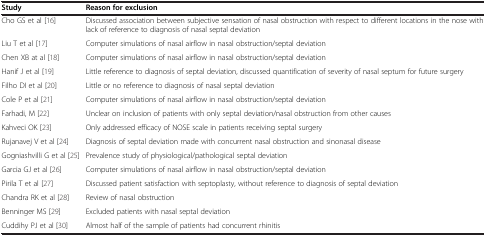
<table><thead><tr><td><b>Study</b></td><td><b>Reason for exclusion</b></td></tr></thead><tbody><tr><td>Cho GS et al [16]</td><td>Discussed association between subjective sensation of nasal obstruction with respect to different locations in the nose with lack of reference to diagnosis of nasal septal deviation</td></tr><tr><td>Liu T et al [17]</td><td>Computer simulations of nasal airflow in nasal obstruction/septal deviation</td></tr><tr><td>Chen XB at al [18]</td><td>Computer simulations of nasal airflow in nasal obstruction/septal deviation</td></tr><tr><td>Hanif J et al [19]</td><td>Little reference to diagnosis of septal deviation, discussed quantification of severity of nasal septum for future surgery</td></tr><tr><td>Filho DI et al [20]</td><td>Little or no reference to diagnosis of nasal septal deviation</td></tr><tr><td>Cole P et al [21]</td><td>Computer simulations of nasal airflow in nasal obstruction/septal deviation</td></tr><tr><td>Farhadi, M [22]</td><td>Unclear on inclusion of patients with only septal deviation/nasal obstruction from other causes</td></tr><tr><td>Kahveci OK [23]</td><td>Only addressed efficacy of NOSE scale in patients receiving septal surgery</td></tr><tr><td>Rujanavej V et al [24]</td><td>Diagnosis of septal deviation made with concurrent nasal obstruction and sinonasal disease</td></tr><tr><td>Gogniashvilli G et al [25]</td><td>Prevalence study of physiological/pathological septal deviation</td></tr><tr><td>Garcia GJ et al [26]</td><td>Computer simulations of nasal airflow in nasal obstruction/septal deviation</td></tr><tr><td>Pirila T et al [27]</td><td>Discussed patient satisfaction with septoplasty, without reference to diagnosis of septal deviation</td></tr><tr><td>Chandra RK et al [28]</td><td>Review of nasal obstruction</td></tr><tr><td>Benninger MS [29]</td><td>Excluded patients with nasal septal deviation</td></tr><tr><td>Cuddihy PJ et al [30]</td><td>Almost half of the sample of patients had concurrent rhinitis</td></tr></tbody></table>